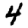
Digit: 4